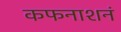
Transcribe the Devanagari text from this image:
कफनाशनं